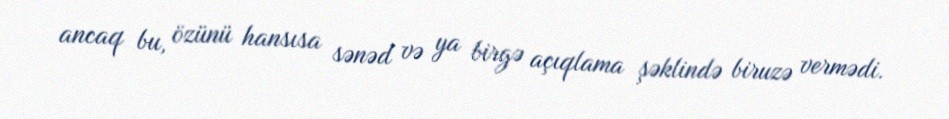
ancaq bu, özünü hansısa sənəd və ya birgə açıqlama şəklində biruzə vermədi.